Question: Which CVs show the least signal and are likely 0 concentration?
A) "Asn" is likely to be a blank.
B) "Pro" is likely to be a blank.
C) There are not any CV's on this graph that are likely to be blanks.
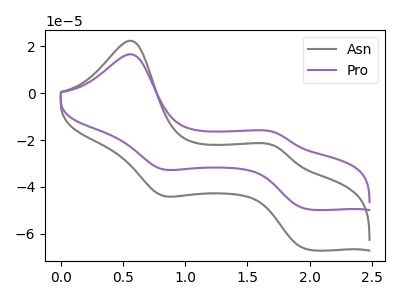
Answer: <think>The gray curve "Asn" has anodic peaks at (0.55V, 22.45uA) (1.70V, -22.55uA) and cathodic peaks at (0.80V, -43.65uA) (2.00V, -66.80uA). The purple curve "Pro" has anodic peaks at (0.55V, 16.70uA) (1.70V, -16.75uA) and cathodic peaks at (0.80V, -32.40uA) (2.00V, -49.60uA).</think>
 <answer>C) There are not any CV's on this graph that are likely to be blanks.</answer>
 <eval>C</eval>